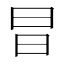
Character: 𭥗